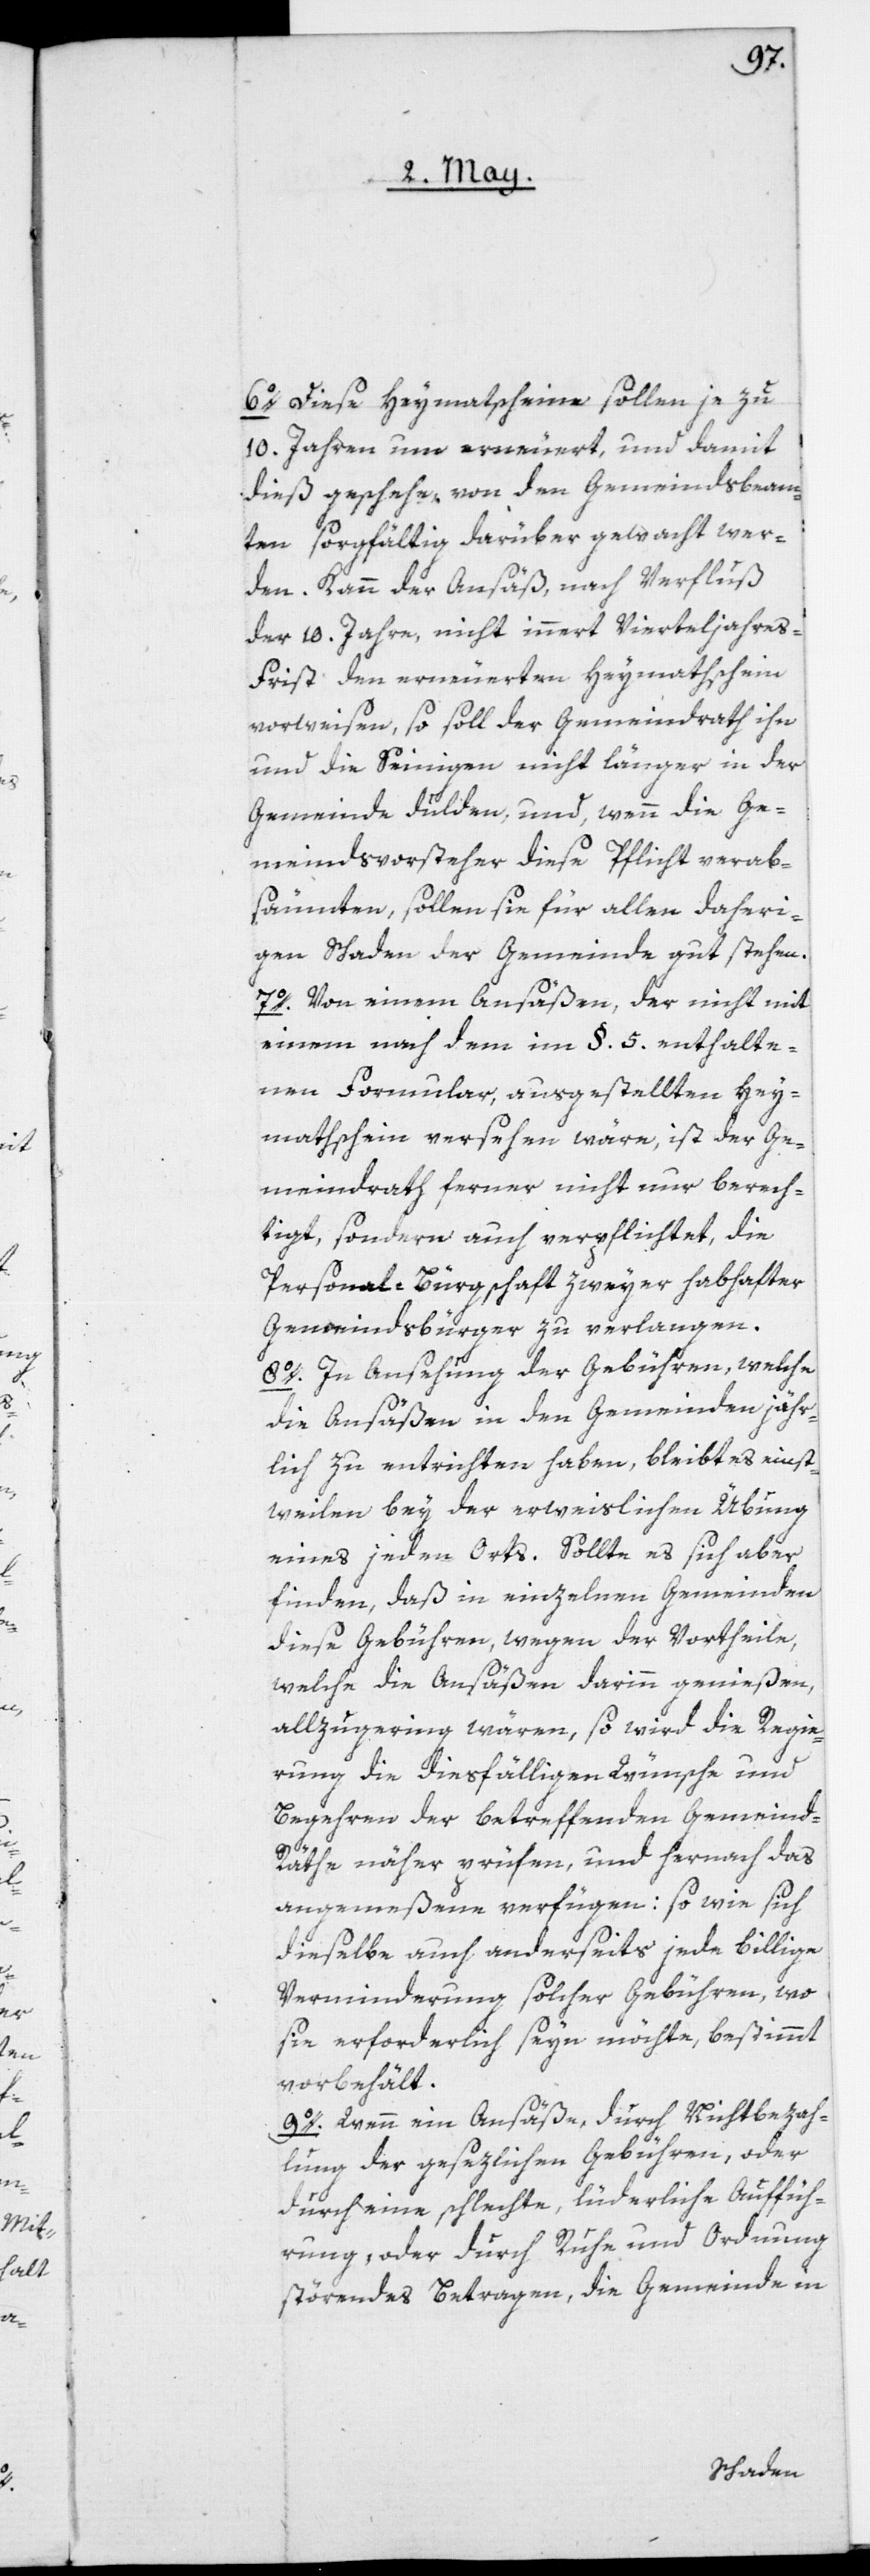
6o. Diese Heymatscheine sollen je zu
10. Jahren um erneuert, und damit
dieß geschehe, von den Gemeindsbeam¬
ten sorgfältig darüber gewacht wer¬
den. Kann der Ansäß, nach Verfluß
der 10. Jahre nicht innert Vierteljahres
Frist den erneuerten Heymathschein
vorweisen, so soll der Gemeindrath ihn
und die Seinigen nicht länger in der
Gemeinde dulden, und wenn die Ge¬
meindsvorsteher diese Pflicht verab¬
säumten, sollen sie für allen daheri¬
gen Schaden der Gemeinde gut stehen.
7o. Von einem Ansäßen, der nicht mit
einem nach dem im §. 5 enthalte¬
nen Formular, ausgestellten Hey¬
mathschein versehen wäre, ist der Ge¬
meindrath ferner nicht nur berech¬
tigt, sondern auch verpflichtet, die
Personal-Bürgschaft zweyer habhafter
Gemeindsbürger zu verlangen.
8o. In Ansehung der Gebühren, welche
die Ansäßen in den Gemeinden jähr¬
lich zu entrichten haben, bleibt es einst¬
weilen bey der erweislichen Übung
eines jeden Orts. Sollte es sich aber
finden, daß in einzelnen Gemeinden
diese Gebühren, wegen der Vortheile,
welche die Ansäßen darinn genießen,
allzugering wären, so wird die Regie¬
rung die diesfälligen Wünsche und
Begehren der betreffenden Gemeind-R¬
äthe näher prüfen, und hernach das
angemeßene verfügen: so wie sich
dieselbe auch anderseits jede billige
Verminderung solcher Gebühren, wo
sie erforderlich seyn möchte, bestimmt
vorbehält.
9o. Wenn ein Ansäße, durch Nichtbezah¬
lung der gesezlichen Gebühren, oder
durch eine schlechte, lüderliche Auffüh¬
rung, oder durch Ruhe und Ordnung
störendes Betragen, die Gemeinde in